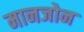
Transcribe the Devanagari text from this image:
मानजोन